Annual report of the Punjab Veterinary College and of the Civil Veterinary Department, Punjab - 1926-1932
Year: 1926
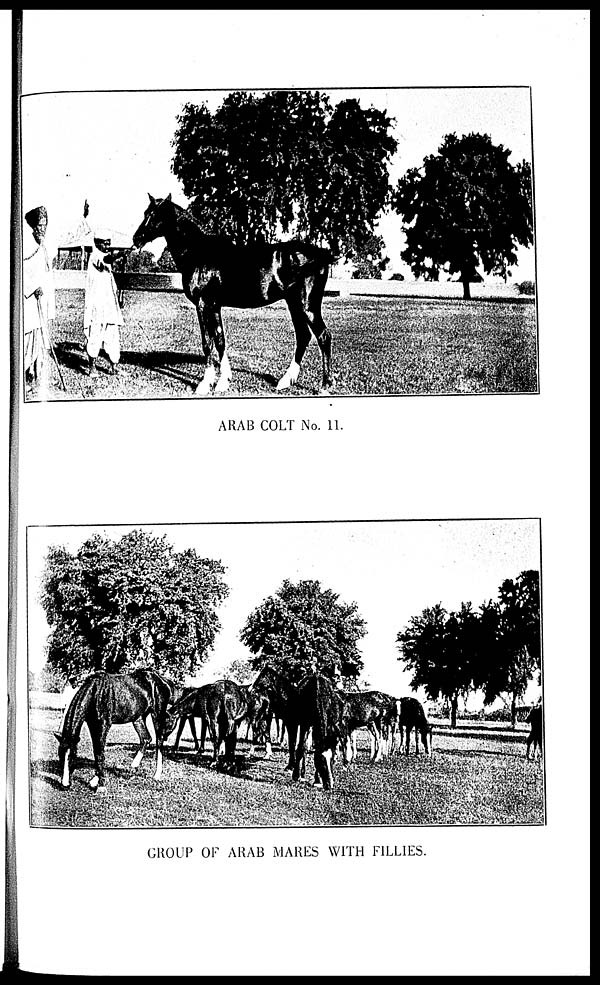
ARAB COLT No. 11.
GROUP OF ARAB MARES WITH FILLIES.